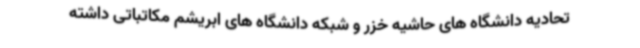
تحادیه دانشگاه های حاشیه خزر و شبکه دانشگاه های ابریشم مکاتباتی داشته